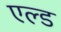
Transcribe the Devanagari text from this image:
एल्ड